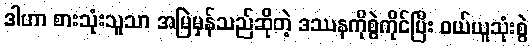
ဒါဟာ စားသုံးသူသာ အမြဲမှန်သည်ဆိုတဲ့ ဒဿနကိုစွဲကိုင်ပြီး ဝယ်ယူသုံးစွဲ